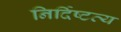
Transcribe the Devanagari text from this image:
निर्दिष्टव्य